Indian journal of veterinary science and animal husbandry - Volumes 18-21, 1948-1951
Year: 1948
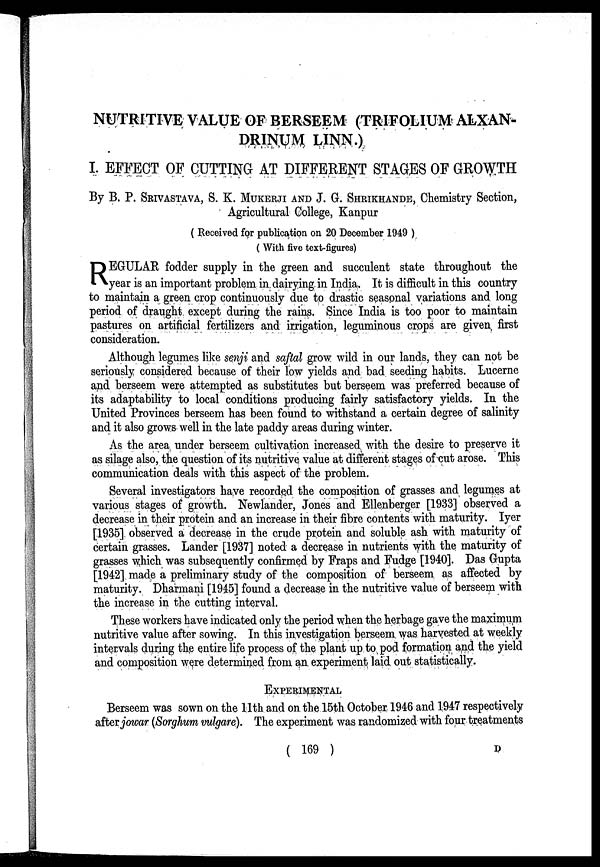
NUTRITIVE VALUE OF BERSEEM (TRIFOLIUM ALXAN-
DRINUM LINN.)
I. EFFECT OF CUTTING AT DIFFERENT STAGES OF GROWTH
By B. P. SRIVASTAVA, S. K. MUKERJI AND J. G. SHRIKHANDE, Chemistry Section,
Agricultural College, Kanpur
( Received for publication on 20 December 1949 )
( With five text-figures)
R EGULAR fodder supply in the green and succulent state throughout the
year is an important problem in dairying in India. It is difficult in this country
to maintain a green crop continuously due to drastic seasonal variations and long
period of draught except during the rains. Since India is too poor to maintain
pastures on artificial fertilizers and irrigation, leguminous crops are given first
consideration.
Although legumes like senji and saftal grow wild in our lands, they can not be
seriously considered because of their low yields and bad seeding habits. Lucerne
and berseem were attempted as substitutes but berseem was preferred because of
its adaptability to local conditions producing fairly satisfactory yields. In the
United Provinces berseem has been found to withstand a certain degree of salinity
and it also grows well in the late paddy areas during winter.
As the area under berseem cultivation increased with the desire to preserve it
as silage also, the question of its nutritive value at different stages of cut arose. This
communication deals with this aspect of the problem.
Several investigators have recorded the composition of grasses and legumes at
various stages of growth. Newlander, Jones and Ellenberger [1933] observed a
decrease in their protein and an increase in their fibre contents with maturity. Iyer
[1935] observed a decrease in the crude protein and soluble ash with maturity of
certain grasses. Lander [1937] noted a decrease in nutrients with the maturity of
grasses which was subsequently confirmed by Fraps and Fudge [1940]. Das Gupta
[1942] made a preliminary study of the composition of berseem as affected by
maturity. Dharmani [1945] found a decrease in the nutritive value of berseem with
the increase in the cutting interval.
These workers have indicated only the period when the herbage gave the maximum
nutritive value after sowing. In this investigation berseem was harvested at weekly
intervals during the entire life process of the plant up to pod formation and the yield
and composition were determined from an experiment laid out statistically.
EXPERIMENTAL
Berseem was sown on the 11th and on the 15th October 1946 and 1947 respectively
after jowar (Sorghum vulgare). The experiment was randomized with four treatments
( 169 )
D